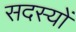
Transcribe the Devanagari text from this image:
सदस्याें